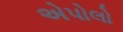
એપોલો